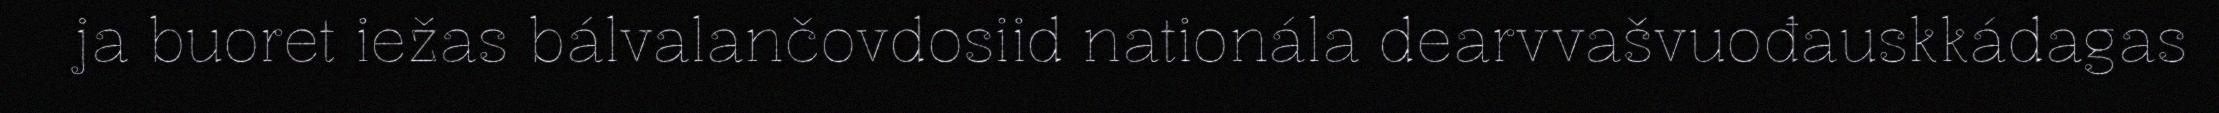
ja buoret iežas bálvalančovdosiid nationála dearvvašvuođauskkádagas